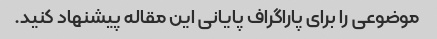
موضوعی را برای پاراگراف پایانی این مقاله پیشنهاد کنید.